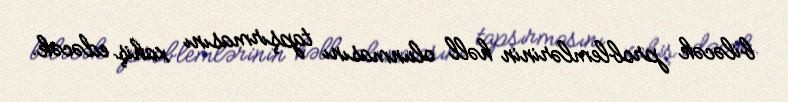
biləcək problemlərinin həll olunmasını tapşırmasını xahiş edəcək.